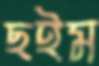
ছইম